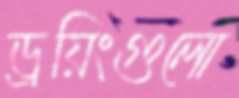
ড্রয়িংগুলো